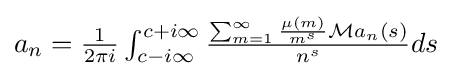
{\textstyle a_{n}={\frac {1}{2\pi i}}\int _{c-i\infty }^{c+i\infty }{\frac {\sum _{m=1}^{\infty }{\frac {\mu (m)}{m^{s}}}{\mathcal {M}}{a_{n}}(s)}{n^{s}}}ds}